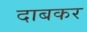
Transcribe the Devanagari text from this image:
दाबकर